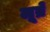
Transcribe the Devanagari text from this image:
लूब्रे